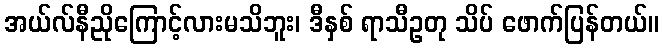
အယ်လ်နီညိုကြောင့်လားမသိဘူး၊ ဒီနှစ် ရာသီဥတု သိပ် ဖောက်ပြန်တယ်။